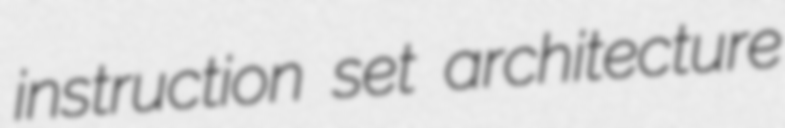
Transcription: instruction set architecture